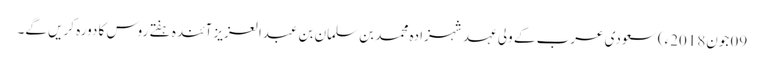
09 جون2018ء) سعودی عرب کے ولی عہد شہزادہ محمد بن سلمان بن عبدالعزیز آئندہ ہفتے روس کا دورہ کریں گے۔